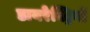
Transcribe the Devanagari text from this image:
डायरेक्ट्रियों